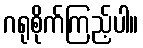
ဂရုစိုက်ကြည့်ပါ။